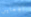
تفعلين